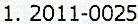
1. 2011-0025